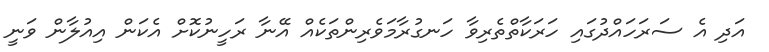
އަދި އެ ސަރަހައްދުގައި ހަރަކާތްތެރިވާ ހަނގުރާމަވެރިންތަކެއް އޭނާ ރަހީނުކޮށް އެކަން އިއުލާން ވަނީ